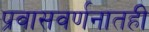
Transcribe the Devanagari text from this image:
प्रवासवर्णनातही